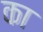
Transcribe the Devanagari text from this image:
का